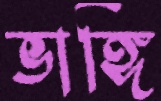
ভাঙ্গি